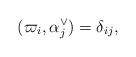
LaTeX: \begin{align*}( \varpi_i, \alpha_j^{\vee} )=\delta_{ij},\end{align*}